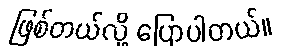
ဖြစ်တယ်လို့ ပြောပါတယ်။